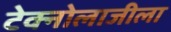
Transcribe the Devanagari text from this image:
टेक्नोलाजीला